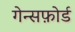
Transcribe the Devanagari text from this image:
गेन्सफ़ोर्ड